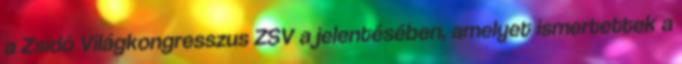
a Zsidó Világkongresszus ZSV a jelentésében, amelyet ismertettek a